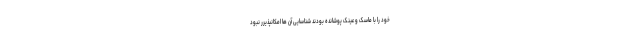
خود را با ماسک و عینک پوشانده بودند شناسایی آن ها امکانپذیرر نبود